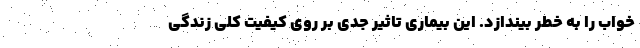
خواب را به خطر بیندازد. این بیماری تاثیر جدی بر روی کیفیت کلی زندگی